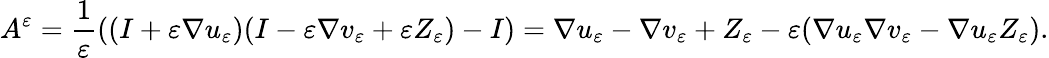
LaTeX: A^{\varepsilon}=\frac{1}{\varepsilon}\left((I+\varepsilon\nabla u_{\varepsilon})(I-\varepsilon\nabla v_{\varepsilon}+\varepsilon Z_{\varepsilon})-I\right)=\nabla u_{\varepsilon}-\nabla v_{\varepsilon}+Z_{\varepsilon}-\varepsilon(\nabla u_{\varepsilon}\nabla v_{\varepsilon}-\nabla u_{\varepsilon}Z_{\varepsilon}).